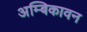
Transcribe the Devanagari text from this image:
अम्बिकावन